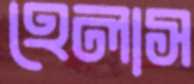
হেলাস